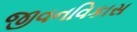
જીવનવિકાસ